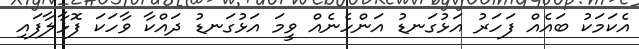
އެކަމަކު ބައެއް ފަހަރު އަޅުގަނޑު އަންހެނެއް ވީމަ އަޅުގަނޑު ދައްކާ ވާހަކަ ފޮޅާލާފައި